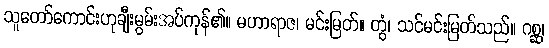
သူတော်ကောင်းဟုချီးမွမ်းအပ်ကုန်၏။ မဟာရာဇ၊ မင်းမြတ်။ တွံ၊ သင်မင်းမြတ်သည်။ ဂစ္ဆ၊